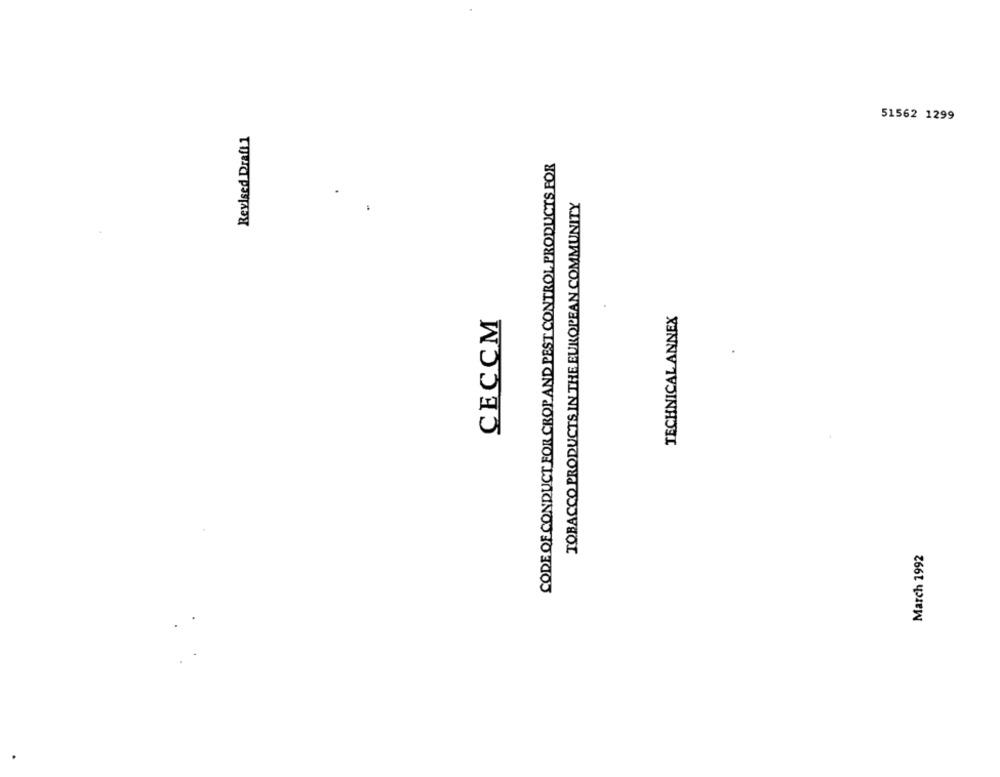
51562 1299
Revised Draft 1
CODE OF CONDUCT FOR CROP AND PEST CONTROL PRODUCTS FOR
TOBACCO PRODUCTS IN THE EUROPEAN COMMUNITY
CECCM
TECHNICAL ANNEX
March 1992